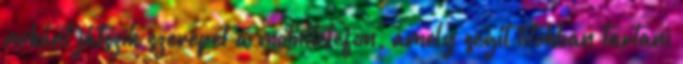
miként játszik szerepet a mobiltelefon, amely segít titokban tartani